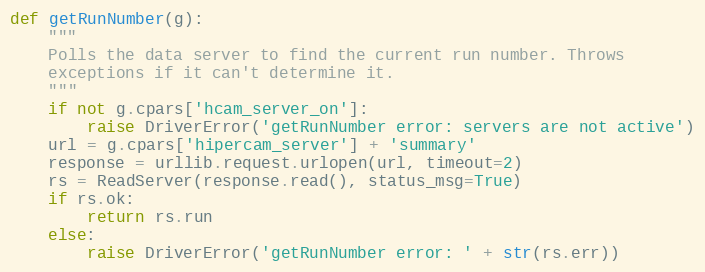
Language: Python
def getRunNumber(g):
    """
    Polls the data server to find the current run number. Throws
    exceptions if it can't determine it.
    """
    if not g.cpars['hcam_server_on']:
        raise DriverError('getRunNumber error: servers are not active')
    url = g.cpars['hipercam_server'] + 'summary'
    response = urllib.request.urlopen(url, timeout=2)
    rs = ReadServer(response.read(), status_msg=True)
    if rs.ok:
        return rs.run
    else:
        raise DriverError('getRunNumber error: ' + str(rs.err))